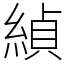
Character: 緽